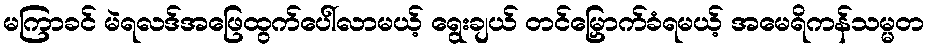
မကြာခင် မဲရလဒ်အဖြေထွက်ပေါ်လာမယ့် ရွေးချယ် တင်မြှောက်ခံရမယ့် အမေရိကန်သမ္မတ